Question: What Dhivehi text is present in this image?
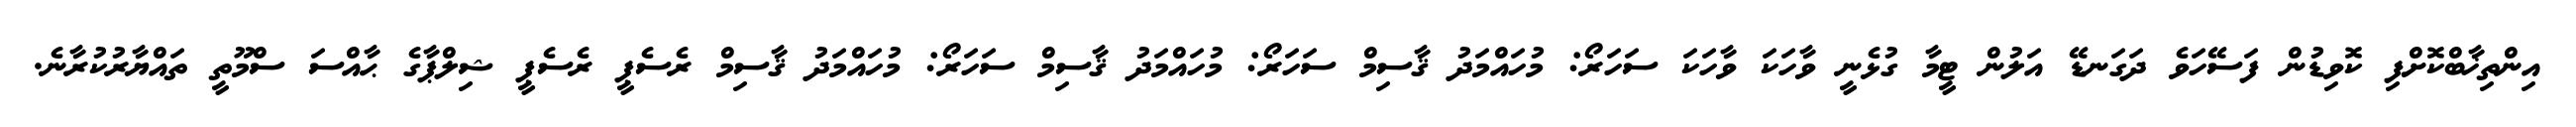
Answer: އިންތިޚާބްކޮށްފި ކޮވިޑުން ފަސޭހަވެ ދަގަނޑޭ އަލުން ޓީމާ ގުޅެނީ ވާހަކަ ވާހަކަ ސަހަރޯ: މުހައްމަދު ޤާސިމް ސަހަރޯ: މުހައްމަދު ޤާސިމް ސަހަރޯ: މުހައްމަދު ޤާސިމް ރެސެޕީ ރެސެޕީ ޝިލްޕާގެ ޙާއްސަ ސްމޫތީ ތައްޔާރުކުރާނެ.